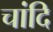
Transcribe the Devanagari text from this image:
चांदि